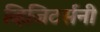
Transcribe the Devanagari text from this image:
व्हिजिटर्सनी